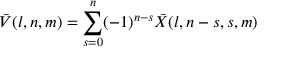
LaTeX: \bar { V } ( l , n , m ) = \sum _ { s = 0 } ^ { n } ( - 1 ) ^ { n - s } \bar { X } ( l , n - s , s , m )